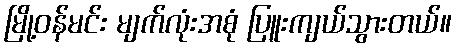
မြို့ဝန်မင်း မျက်လုံးအစုံ ပြူးကျယ်သွားတယ်။